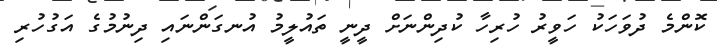
ކޮންމެ ދުވަހަކު ހަވީރު ހުރިހާ ކުދިންނަށް ދީނީ ތައުލީމު އުނގަންނައި ދިނުމުގެ އަގުހުރި